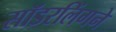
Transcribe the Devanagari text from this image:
सॉडरलिंगने